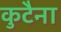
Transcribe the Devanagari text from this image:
कुटैना